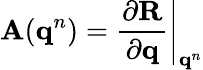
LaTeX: \mathbf{A}(\mathbf{q}^{n})=\left.\frac{\partial\mathbf{R}}{\partial\mathbf{q}}\right|_{\mathbf{q}^{n}}